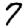
Digit: 7